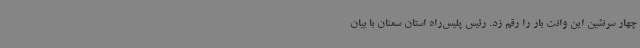
چهار سرنشین این وانت بار را رقم زد. رئیس پلیس‌راه استان سمنان با بیان